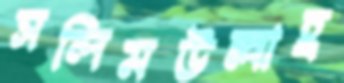
সলিমউল্লাহ্র